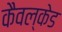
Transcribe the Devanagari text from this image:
कैवल्केड